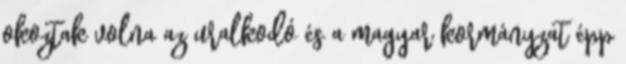
okoztak volna az uralkodó és a magyar kormányzat épp